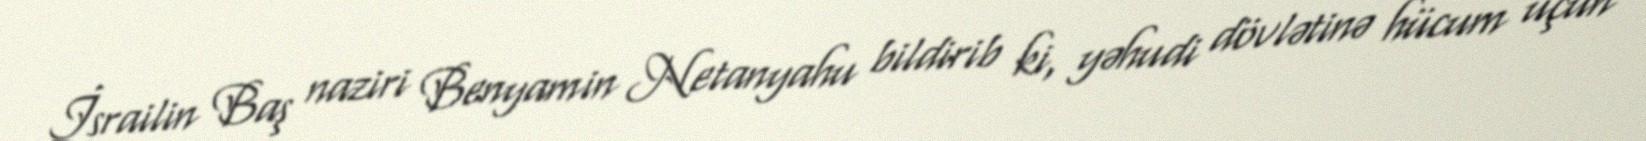
İsrailin Baş naziri Benyamin Netanyahu bildirib ki, yəhudi dövlətinə hücum üçün